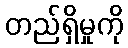
တည်ရှိမှုကို